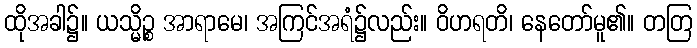
ထိုအခါ၌။ ယသ္မိဉ္စ အာရာမေ၊ အကြင်အရံ၌လည်း။ ဝိဟရတိ၊ နေတော်မူ၏။ တတြ